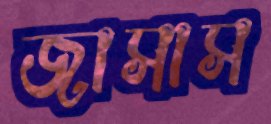
জাসাস